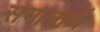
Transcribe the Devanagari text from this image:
समानार्थ